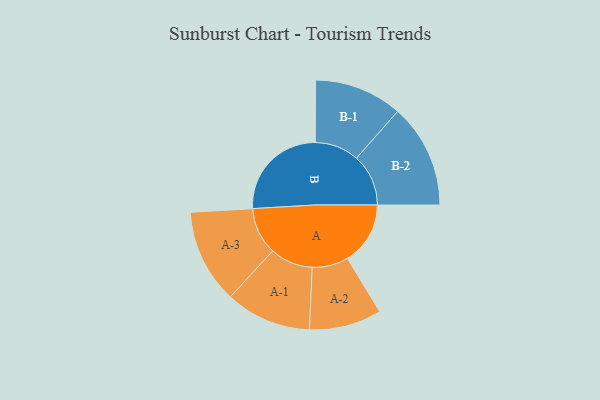
{"axis": {"x": "Segment", "y": "Value"}, "legend": ["", "A", "B"], "data": [{"x": "A", "y": 271, "type": ""}, {"x": "B", "y": 432, "type": ""}, {"x": "A-1", "y": 185, "type": "A"}, {"x": "A-2", "y": 156, "type": "A"}, {"x": "A-3", "y": 203, "type": "A"}, {"x": "B-1", "y": 190, "type": "B"}, {"x": "B-2", "y": 224, "type": "B"}]}